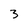
Character: 3